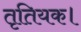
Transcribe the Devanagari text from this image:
तृतियक।